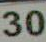
30